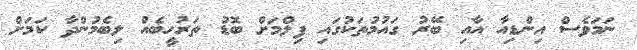
ނަމަވެސް އިންޑިއާ އާއި ބޭރު ގައުމުތަކުގައި ފިލްމަށް ބޮޑު ތަރުހީބެއް ލިބެމުންދާ ކަމަށް